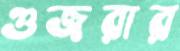
গুজরার